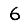
Digit: 6